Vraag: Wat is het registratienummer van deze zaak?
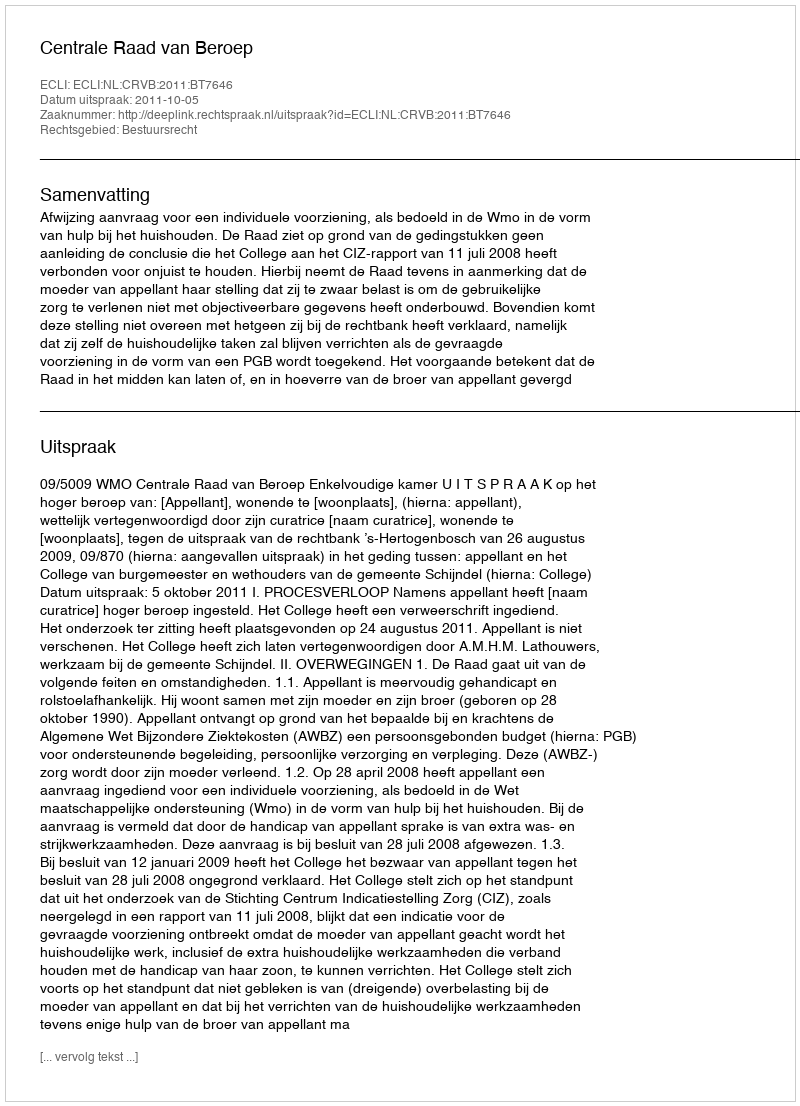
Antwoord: http://deeplink.rechtspraak.nl/uitspraak?id=ECLI:NL:CRVB:2011:BT7646